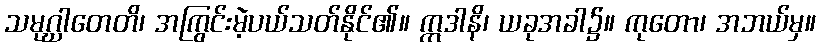
သမုဂ္ဃါတေတိ၊ အကြွင်းမဲ့ပယ်သတ်နိုင်၏။ ဣဒါနိ၊ ယခုအခါ၌။ ကုတော၊ အဘယ်မှ။